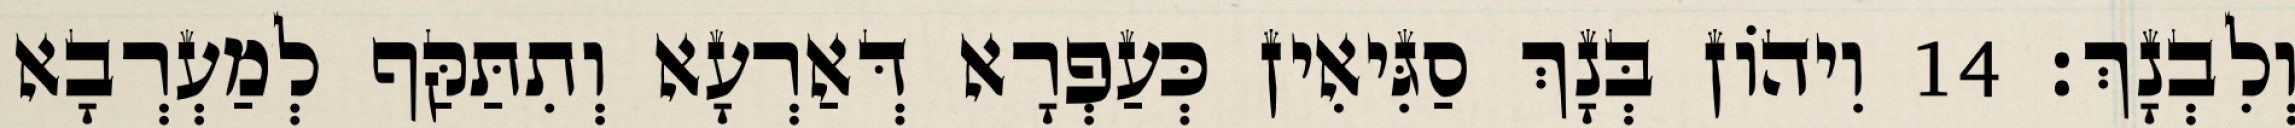
וְלִבְנָךְ׃ 14 וִיהוֹן בְּנָךְ סַגִּיאִין כְּעַפְרָא דְּאַרְעָא וְתִתַּקַּף לְמַעְרְבָא